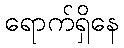
ရောက်ရှိနေ